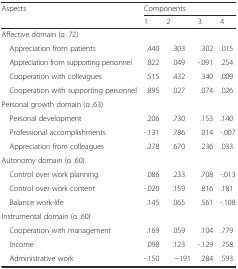
<table><thead><tr><td rowspan="2"><b>Aspects</b></td><td colspan="4"><b>Components</b></td></tr><tr><td><b>1</b></td><td><b>2</b></td><td><b>3</b></td><td><b>4</b></td></tr></thead><tbody><tr><td colspan="5">Affective domain (α .72)</td></tr><tr><td> Appreciation from patients</td><td>.440</td><td>.303</td><td>.302</td><td>.015</td></tr><tr><td> Appreciation from supporting personnel</td><td>.822</td><td>.049</td><td>-.091</td><td>.254</td></tr><tr><td> Cooperation with colleagues</td><td>.515</td><td>.432</td><td>.340</td><td>.009</td></tr><tr><td> Cooperation with supporting personnel</td><td>.895</td><td>.027</td><td>.074</td><td>.026</td></tr><tr><td colspan="5">Personal growth domain (α .63)</td></tr><tr><td> Personal development</td><td>.206</td><td>.730</td><td>.153</td><td>.140</td></tr><tr><td> Professional accomplishments</td><td>-.131</td><td>.786</td><td>.014</td><td>-.007</td></tr><tr><td> Appreciation from colleagues</td><td>.278</td><td>.670</td><td>.236</td><td>.033</td></tr><tr><td colspan="5">Autonomy domain (α .60)</td></tr><tr><td> Control over work planning</td><td>.086</td><td>.233</td><td>.708</td><td>-.013</td></tr><tr><td> Control over work content</td><td>-.020</td><td>.159</td><td>.816</td><td>.181</td></tr><tr><td> Balance work-life</td><td>.145</td><td>.065</td><td>.561</td><td>-.108</td></tr><tr><td colspan="5">Instrumental domain (α .60)</td></tr><tr><td> Cooperation with management</td><td>.169</td><td>.059</td><td>.104</td><td>.779</td></tr><tr><td> Income</td><td>.098</td><td>.123</td><td>-.129</td><td>.758</td></tr><tr><td> Administrative work</td><td>-.150</td><td>−191</td><td>.284</td><td>.593</td></tr></tbody></table>